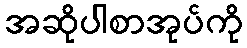
အဆိုပါစာအုပ်ကို